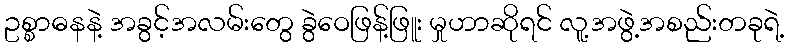
ဥစ္စာဓနနဲ့ အခွင့်အလမ်းတွေ ခွဲဝေဖြန့်ဖြူး မှုဟာဆိုရင် လူ့အဖွဲ့အစည်းတခုရဲ့